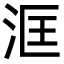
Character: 洭